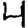
Digit: 4